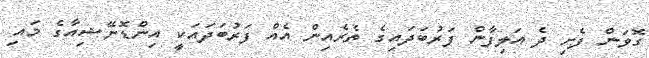
ގޮވަން ފެށި ދެ އަލިފާން ފަރުބަދައިގެ ތެރެއިން އެއް ފަރުބަދައަކީ އިންޑޮނޭޝިއާގެ މައި